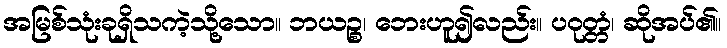
အမြစ်သုံးခုရှိသကဲ့သို့သော။ ဘယဉ္စ၊ ဘေးဟူ၍လည်း။ ပဝုတ္တံ၊ ဆိုအပ်၏။